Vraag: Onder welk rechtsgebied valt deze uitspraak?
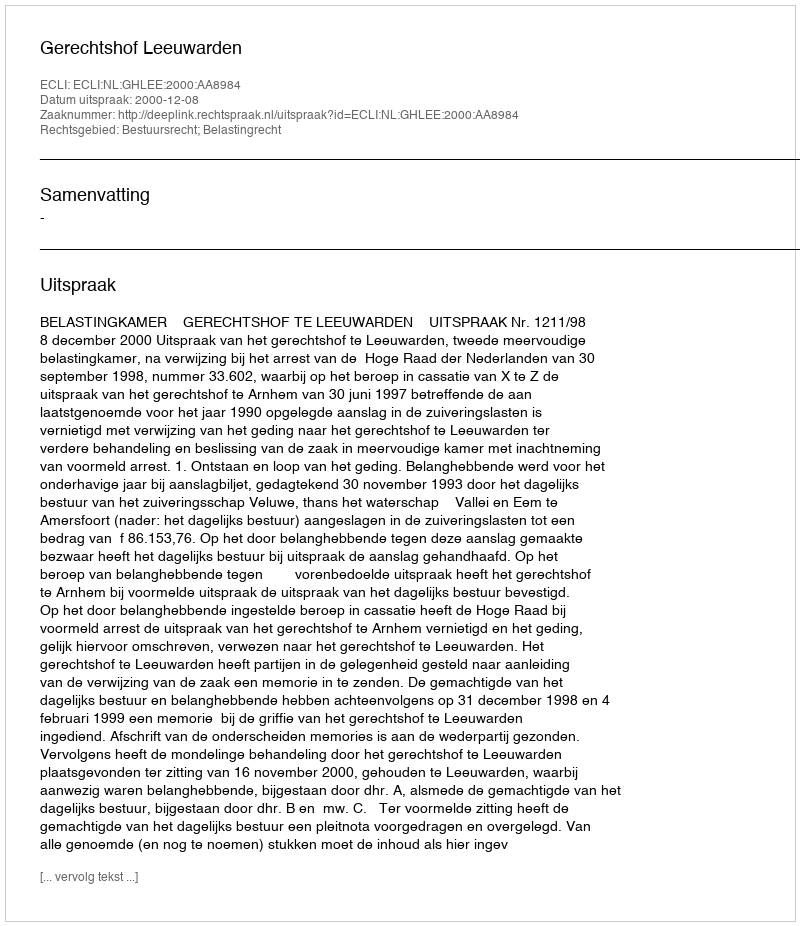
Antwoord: Bestuursrecht; Belastingrecht